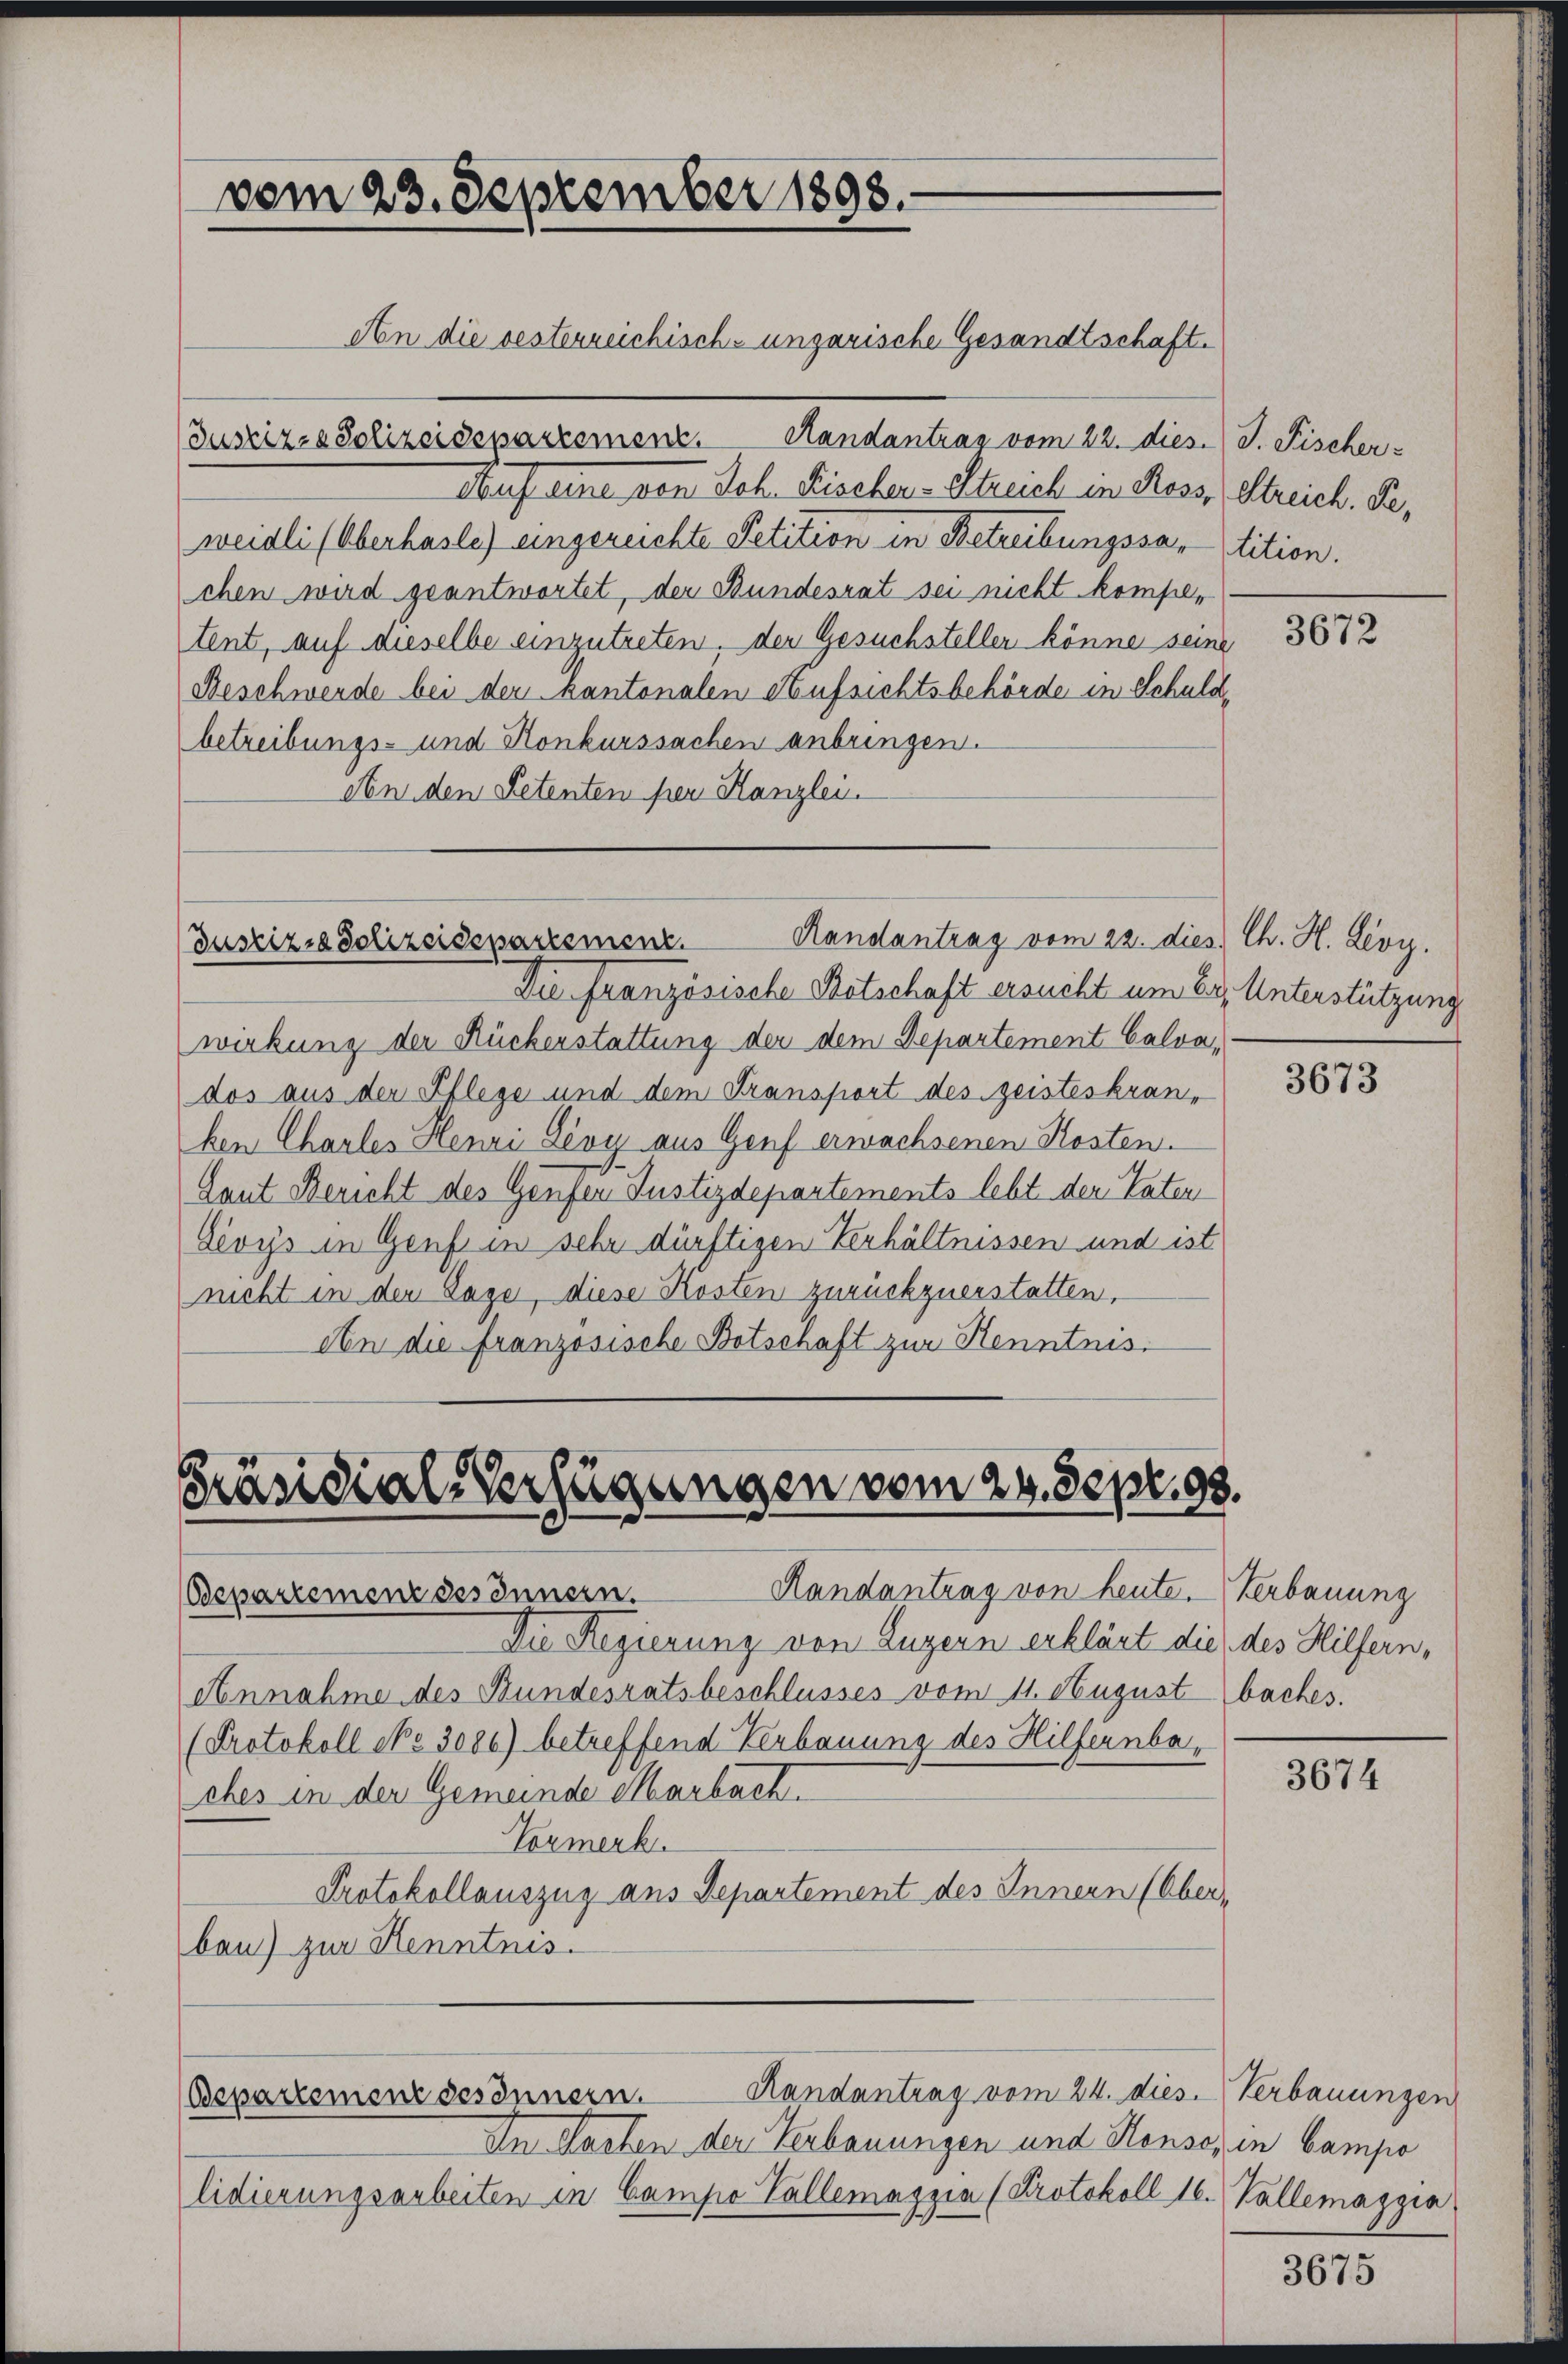
vom 23. September 1898.

Randantrag vom 22. dies Ch. H. Leoy.
Justizia Polizeidepartement.

Präsidial-Verfügungen vom 24. Sept. 98.

An die oesterreichisch-ungarische Gesandtschaft.
Justiz- & Polizeidepartement. Handantrag vom 22. dies.) J. Fischer-
Auf eine von Joh. Fischer-Streich in Ross, Streich. Se
weidli (Oberhasle) eingereichte Petition in Betreibungssartition.
chen wird geantwortet, der Bundesrat sei nicht kompen
tent, auf dieselbe einzutreten, der Gesuchsteller könne seine
Beschwerde bei der kantonalen Aufsichtsbehörde in Schuldbetreibungs- und Konkurssachen anbringen.
An den Petenten per Kanzlei.

Randantrag vom 24. dies. Verbauungen
Departement des Innern.

In Sachen der Verbauungen und Konsor in Campo
lidierungsarbeiten in Campe Vallemaszia (Protokoll 16. Vallemazzia

Die Französische Botschaft ersucht um Er. Unterstützung
wirkung der Rückerstattung der dem Departement Calva
dos aus der Pflege und dem Fransport des geisteskranken Charles Henri Dévy aus Genf erwachsenen Kosten.
Laut Bericht des Genfer Justizdepartements lebt der Taten
Gevys in Genf in sehr dürftigen Verhältnissen und ist
nicht in den Tage, diese Kosten zurückzuerstatten,
An die französische Botschaft zur Kenntnis.

Randantrag von heute. Verbauung
Departement des Innern.
Die Regierung von Luzern erklärt die des Hilfern,
Annahme des Bundesratsbeschlusses vom 11. August baches.
(Protokoll No 3000) betreffend Verbauung des Hilfernbaches in der Gemeinde Marbach.
Vormerk.
Protokollauszug aus Departement des Innern (Ober-
bau) zur Kenntnis.

3672

3673

3674

3675